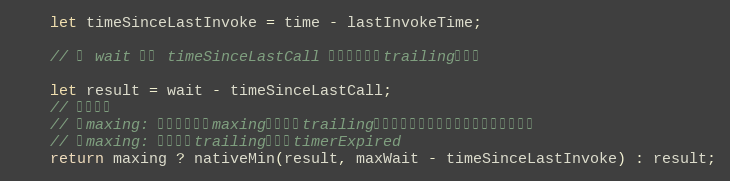
Language: JavaScript
    let timeSinceLastInvoke = time - lastInvokeTime;

    // 用 wait 减去 timeSinceLastCall 计算出下一次trailing的位置

    let result = wait - timeSinceLastCall;
    // 两种情况
    // 有maxing: 比较出下一次maxing和下一次trailing的最小值，作为下一次函数要执行的时间
    // 无maxing: 在下一次trailing时执行timerExpired
    return maxing ? nativeMin(result, maxWait - timeSinceLastInvoke) : result;